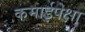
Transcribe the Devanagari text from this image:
कमाईपेक्षा